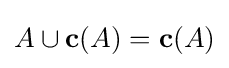
A\cup \mathbf {c} (A)=\mathbf {c} (A)